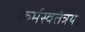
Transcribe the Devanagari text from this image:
कर्मस्वतंत्रय